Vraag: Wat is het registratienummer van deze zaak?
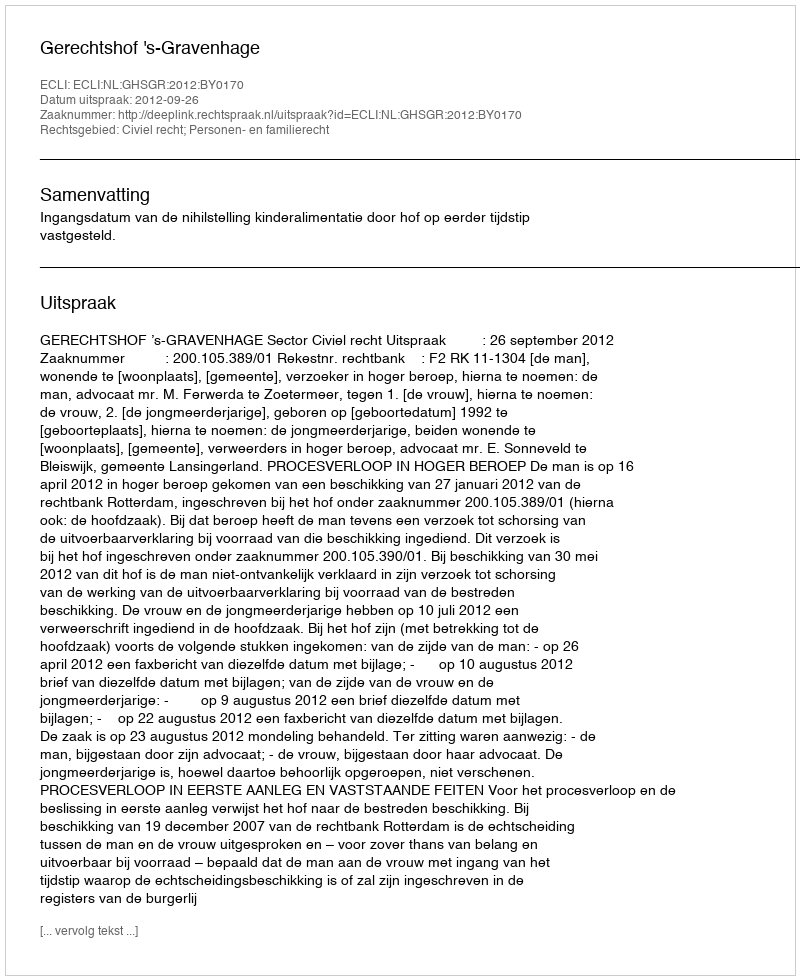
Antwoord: http://deeplink.rechtspraak.nl/uitspraak?id=ECLI:NL:GHSGR:2012:BY0170